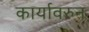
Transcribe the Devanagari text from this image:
कार्यावरुन